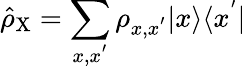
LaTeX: \hat{\rho}_{\mathrm{X}}=\sum_{x,x^{'}}\rho_{x,x^{'}}|x\rangle\langle x^{'}|